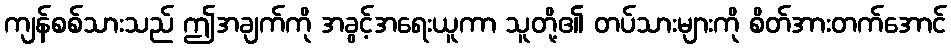
ကျန်စစ်သားသည် ဤအချက်ကို အခွင့်အရေးယူကာ သူတို့၏ တပ်သားများကို စိတ်အားတက်အောင်